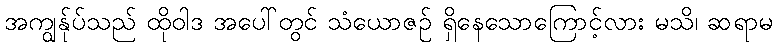
အကျွန်ုပ်သည် ထိုဝါဒ အပေါ်တွင် သံယောဇဉ် ရှိနေသောကြောင့်လား မသိ၊ ဆရာမ